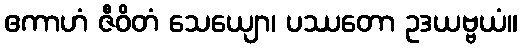
ဧကာဟံ ဇီဝိတံ သေယျော၊ ပဿတော ဥဒယဗ္ဗယံ။